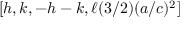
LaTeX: [ h , k , - h - k , \ell ( 3 / 2 ) ( a / c ) ^ { 2 } ]